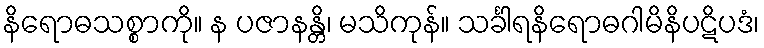
နိရောဓသစ္စာကို။ န ပဇာနန္တိ၊ မသိကုန်။ သင်္ခါရနိရောဓဂါမိနိပဋိပဒံ၊